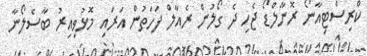
ކްރިސްޓިއާނޯ ރޮނާލްޑޯ ޖެހި ދެ ގޯލުން ރެއާލް ފަހަތުން އަރައި މޮޅުވިއިރު ބާސެލޯނާ